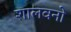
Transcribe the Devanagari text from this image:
शालवनो